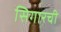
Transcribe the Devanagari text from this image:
सिगारची